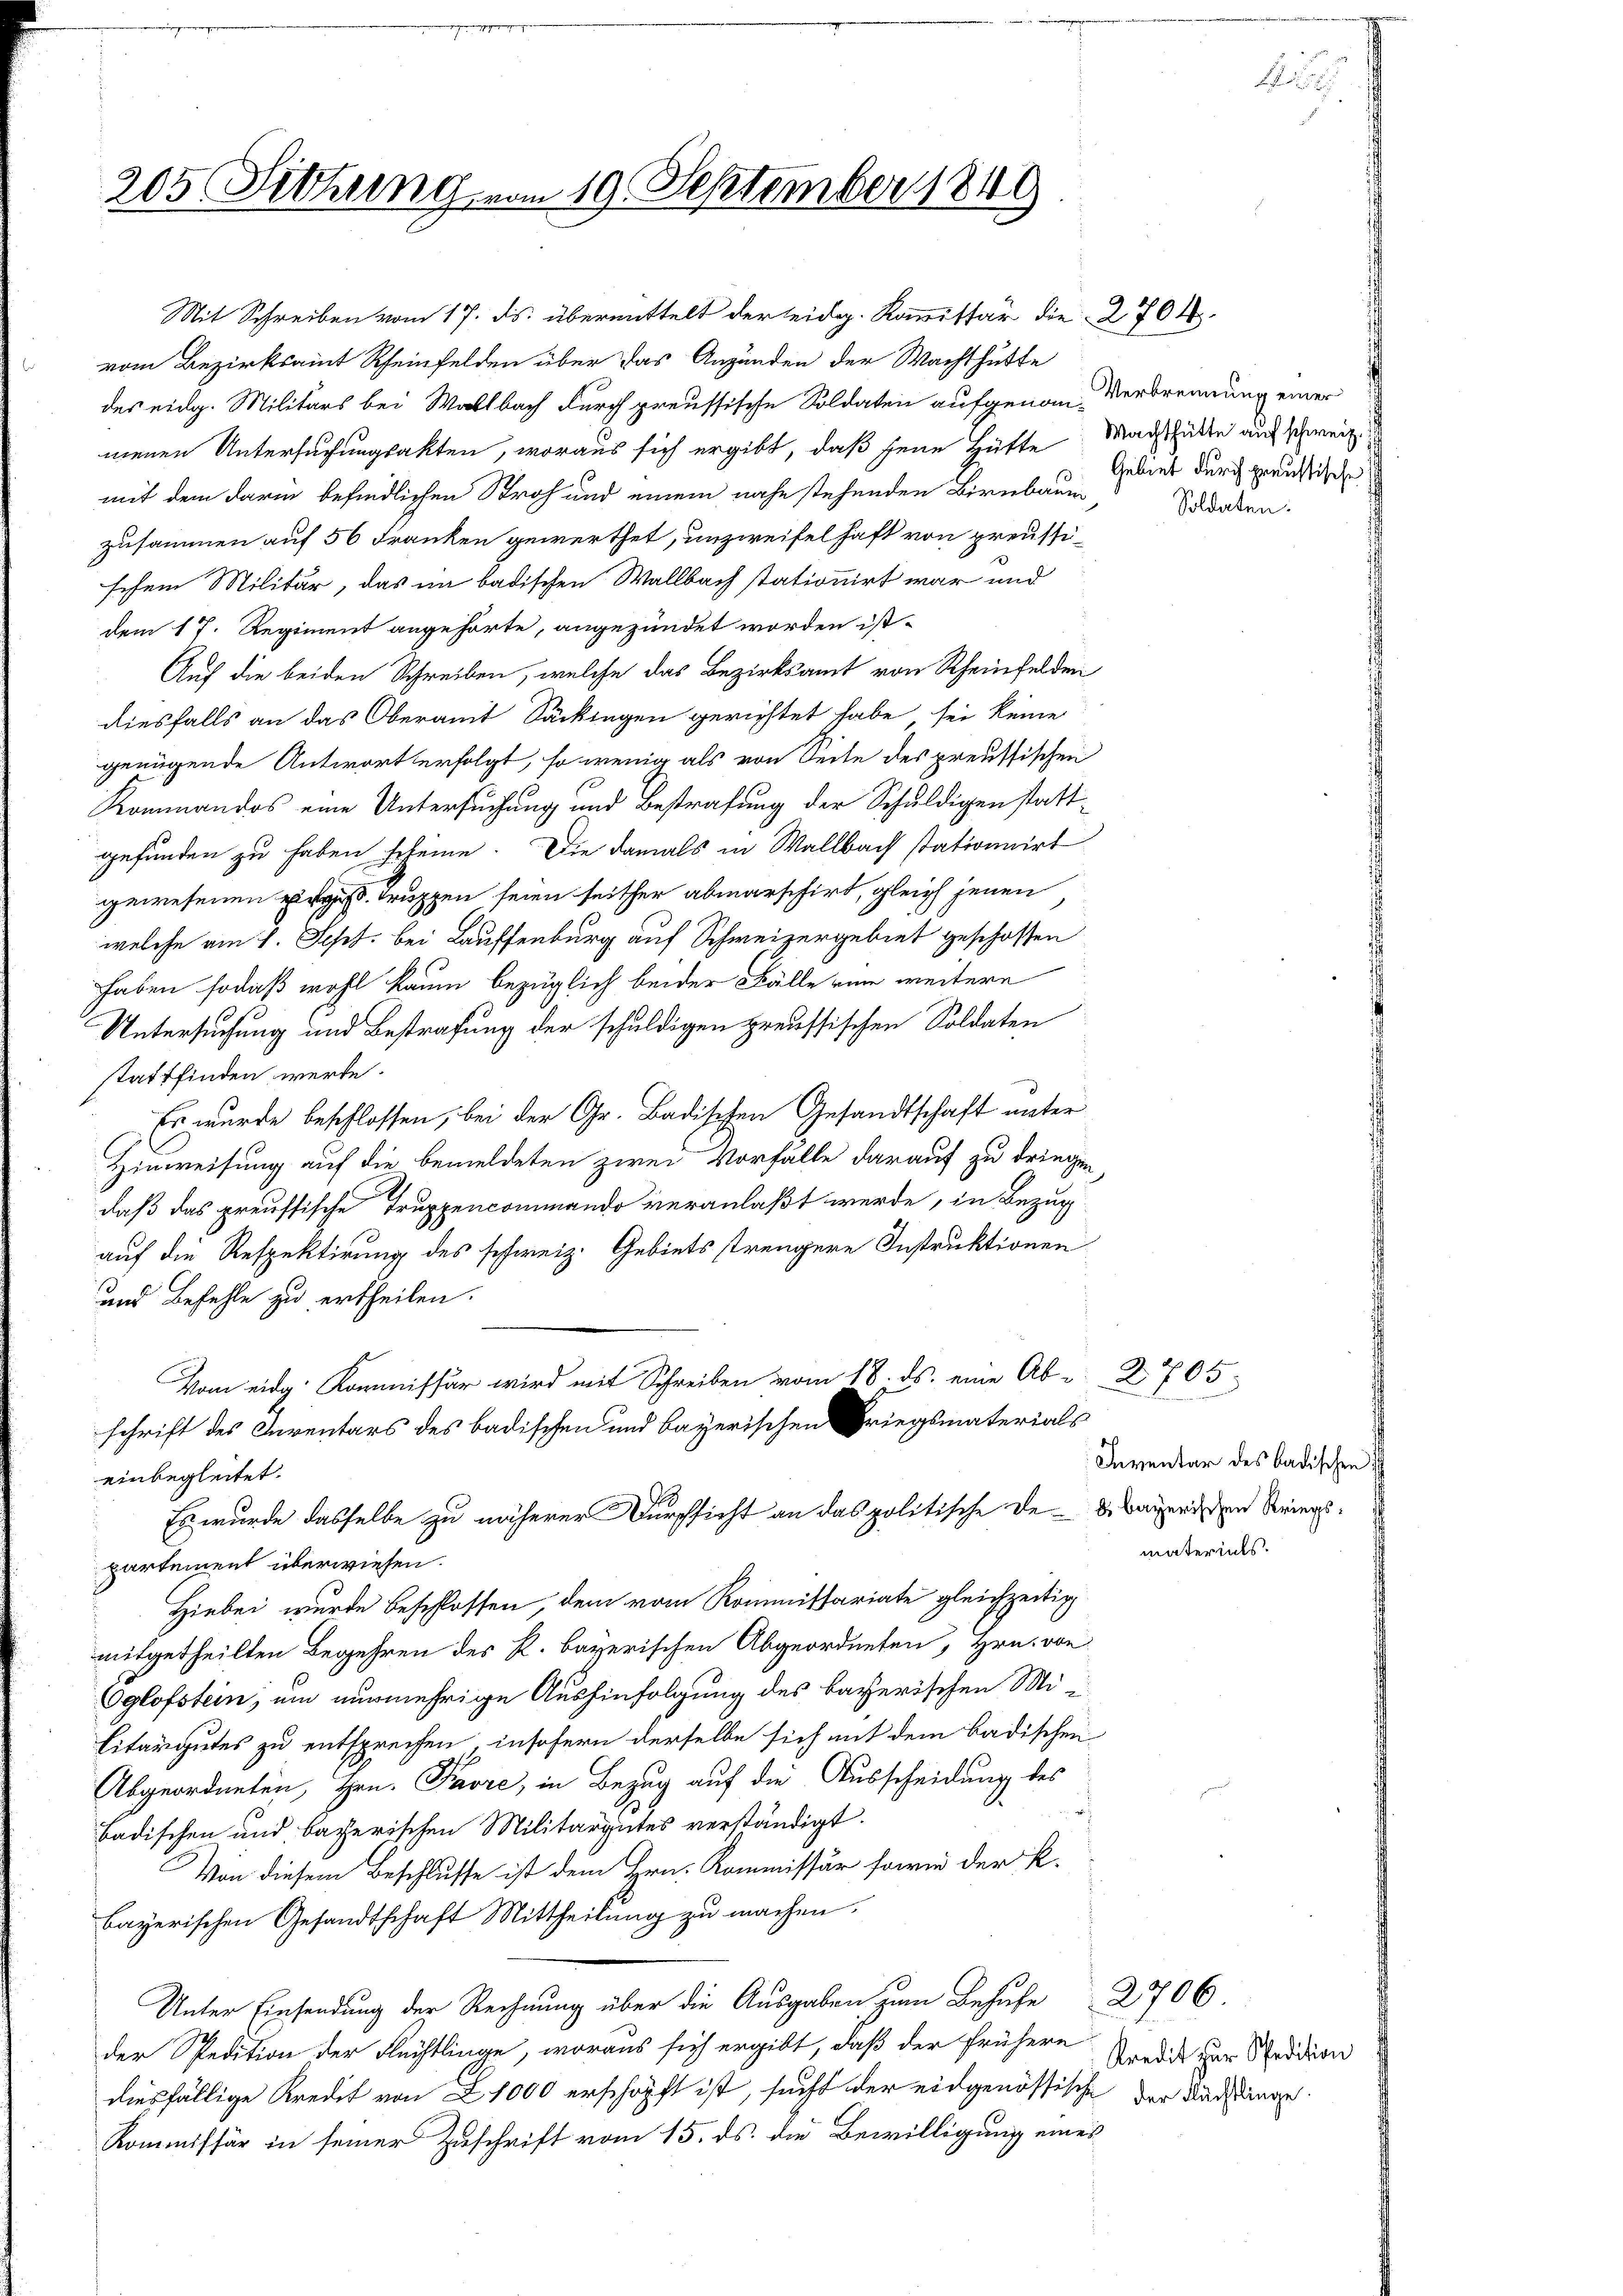
205. Fettung vom 19. September 1849

Mit Schreiben vom 17. ds. übermittelt der eidg. Kommissär die 2 704
vom Bezirksamt Rheinfelden über das Anzünden der Wachthütte
des eidg. Militärs bei Waltbach durch preussische Soldaten aufgenom-Verbrennung einer
menen Untersuchungsakten, woraus sich ergibt, daß seine Hütte Machthalte auf schweiz.
mit dem darin befindlichen Stroh und einem nahe stehenden Birnbaum
zusammen auf 56 Franken gewerthet, unzweifelhaft von preussisehen Militär, das im badischen Wallbach stationirt war und
dem 17. Regiment angehörte, angezündet worden ist.
Auf die beiden Schreiben, welche das Bezirksamt von Rheinfelden
diesfalls an das Oberamt Säcklegen gerichtet habe, sei keine
genügende Antwort erfolgt, so wenig als von Seite des preussischen
Kommandos eine Untersuchung und Bestrafung der Schuldigen stattgefunden zu haben scheine. Die damals in Wallbach stationnirt
gewesenen Truppen seien seither abmarschirt, gleich jenen
welche am 1. Sept. bei Lauffenburg auf Schweizergebiet geschossen
haben, sodaß wohl kaum bezüglich beider Fälle rum weitere
Untersuchung und Bestrafung der schuldigen preussischen Soldaten
stattfinden werde.
Es wurde beschlossen, bei der Gr. Badischen Gesandtschaft unter
Hinweisung auf die bemeldeten zwei Vorfälle darauf zu dringen
daß das preussische Truppencommando veranlaßt werde, in Bezug
auf die Respektirung des schweiz. Gebiets strengere Instruktionen
und Befehle zu ertheilen.
Vom eidg. Kommissär wird mit Schreiben vom 18. ds. eine Ab- Z. 705.
schrift des Inventars des badischen und bayerischen Kriegsmaterials
einbegleitet.
Es wurde dasselbe zu näherer Durchsicht an das politische der baierigen Kriegspartement überwiesen.
Hiebei wurde beschlossen, dem vom Kommittariate gleichzeitig
mitgetheilten Begehren des R. bayerischen Abgeordneten, Hrn. von
Eglofstein, um nunmehrige Aushinfolgung des bayerischen Mi
litargutes zu entsprechen, insofern derselbe sich mit dem badischen
Abgeordneten, Hrn. Prore, in Bezug auf die Ausscheidung des
badischen und bacherischen Militargutes verständigt.
Von diesem Beschlusse ist dem Hrn. Kommissär sowie der K.
bayerischen Gesandtschaft Mittheilung zu machen.
Unter Einsendung der Rechnung über die Ausgaben zum Behufe 2706
der Spedition der Flüchtlinge, woraus sich ergibt, daß der frühere Predit zur Schradion
diesfällige Kredit von 21000 erschöpft ist, sucht der eidgenössische der Nachtunge
Kommissär in seiner Zuschrift vom 15. ds. die Bewilligung eines

Gebiet durch preussische
Soldaten.

Inventar des badischen
materials.